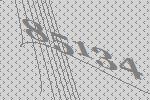
85134